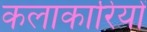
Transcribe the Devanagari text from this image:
कलाकारियों